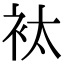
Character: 𧘹